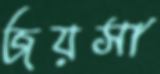
জয়সা